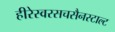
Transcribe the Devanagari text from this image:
हीरेस्वरसचसैनस्टाल्ट